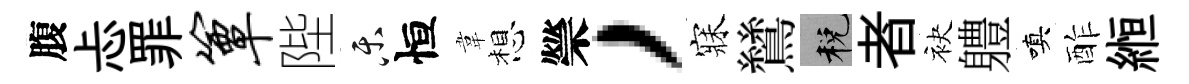
腹忐罪簟陛乐恒韋想禜，寐鷥税者袂軆嗔酢縆